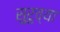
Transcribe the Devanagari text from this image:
सुरुच्या